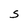
Character: S